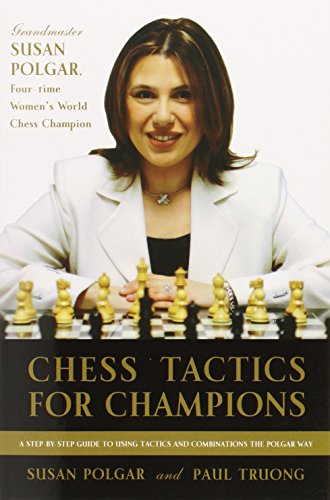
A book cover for Chess Tactics for Champions: A step-by-step guide to using tactics and combinations the Polgar way; Susan Polgar; Humor & Entertainment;